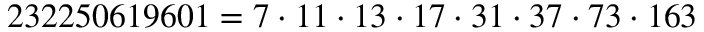
2 3 2 2 5 0 6 1 9 6 0 1 = 7 \cdot 1 1 \cdot 1 3 \cdot 1 7 \cdot 3 1 \cdot 3 7 \cdot 7 3 \cdot 1 6 3